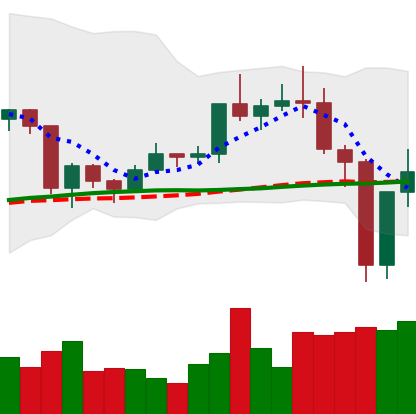
Ticker: TRX-USD
Chart end date: 2020-12-25
Forward return: -5.446%
Label: down_5_7